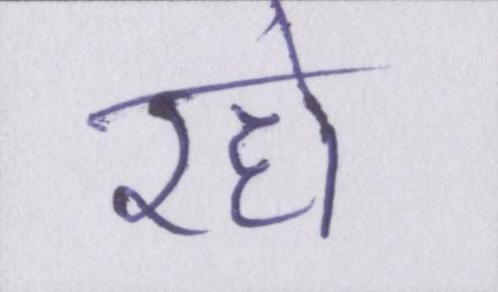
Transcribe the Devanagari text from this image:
रहो